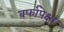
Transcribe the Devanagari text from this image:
बर्फापेक्षा